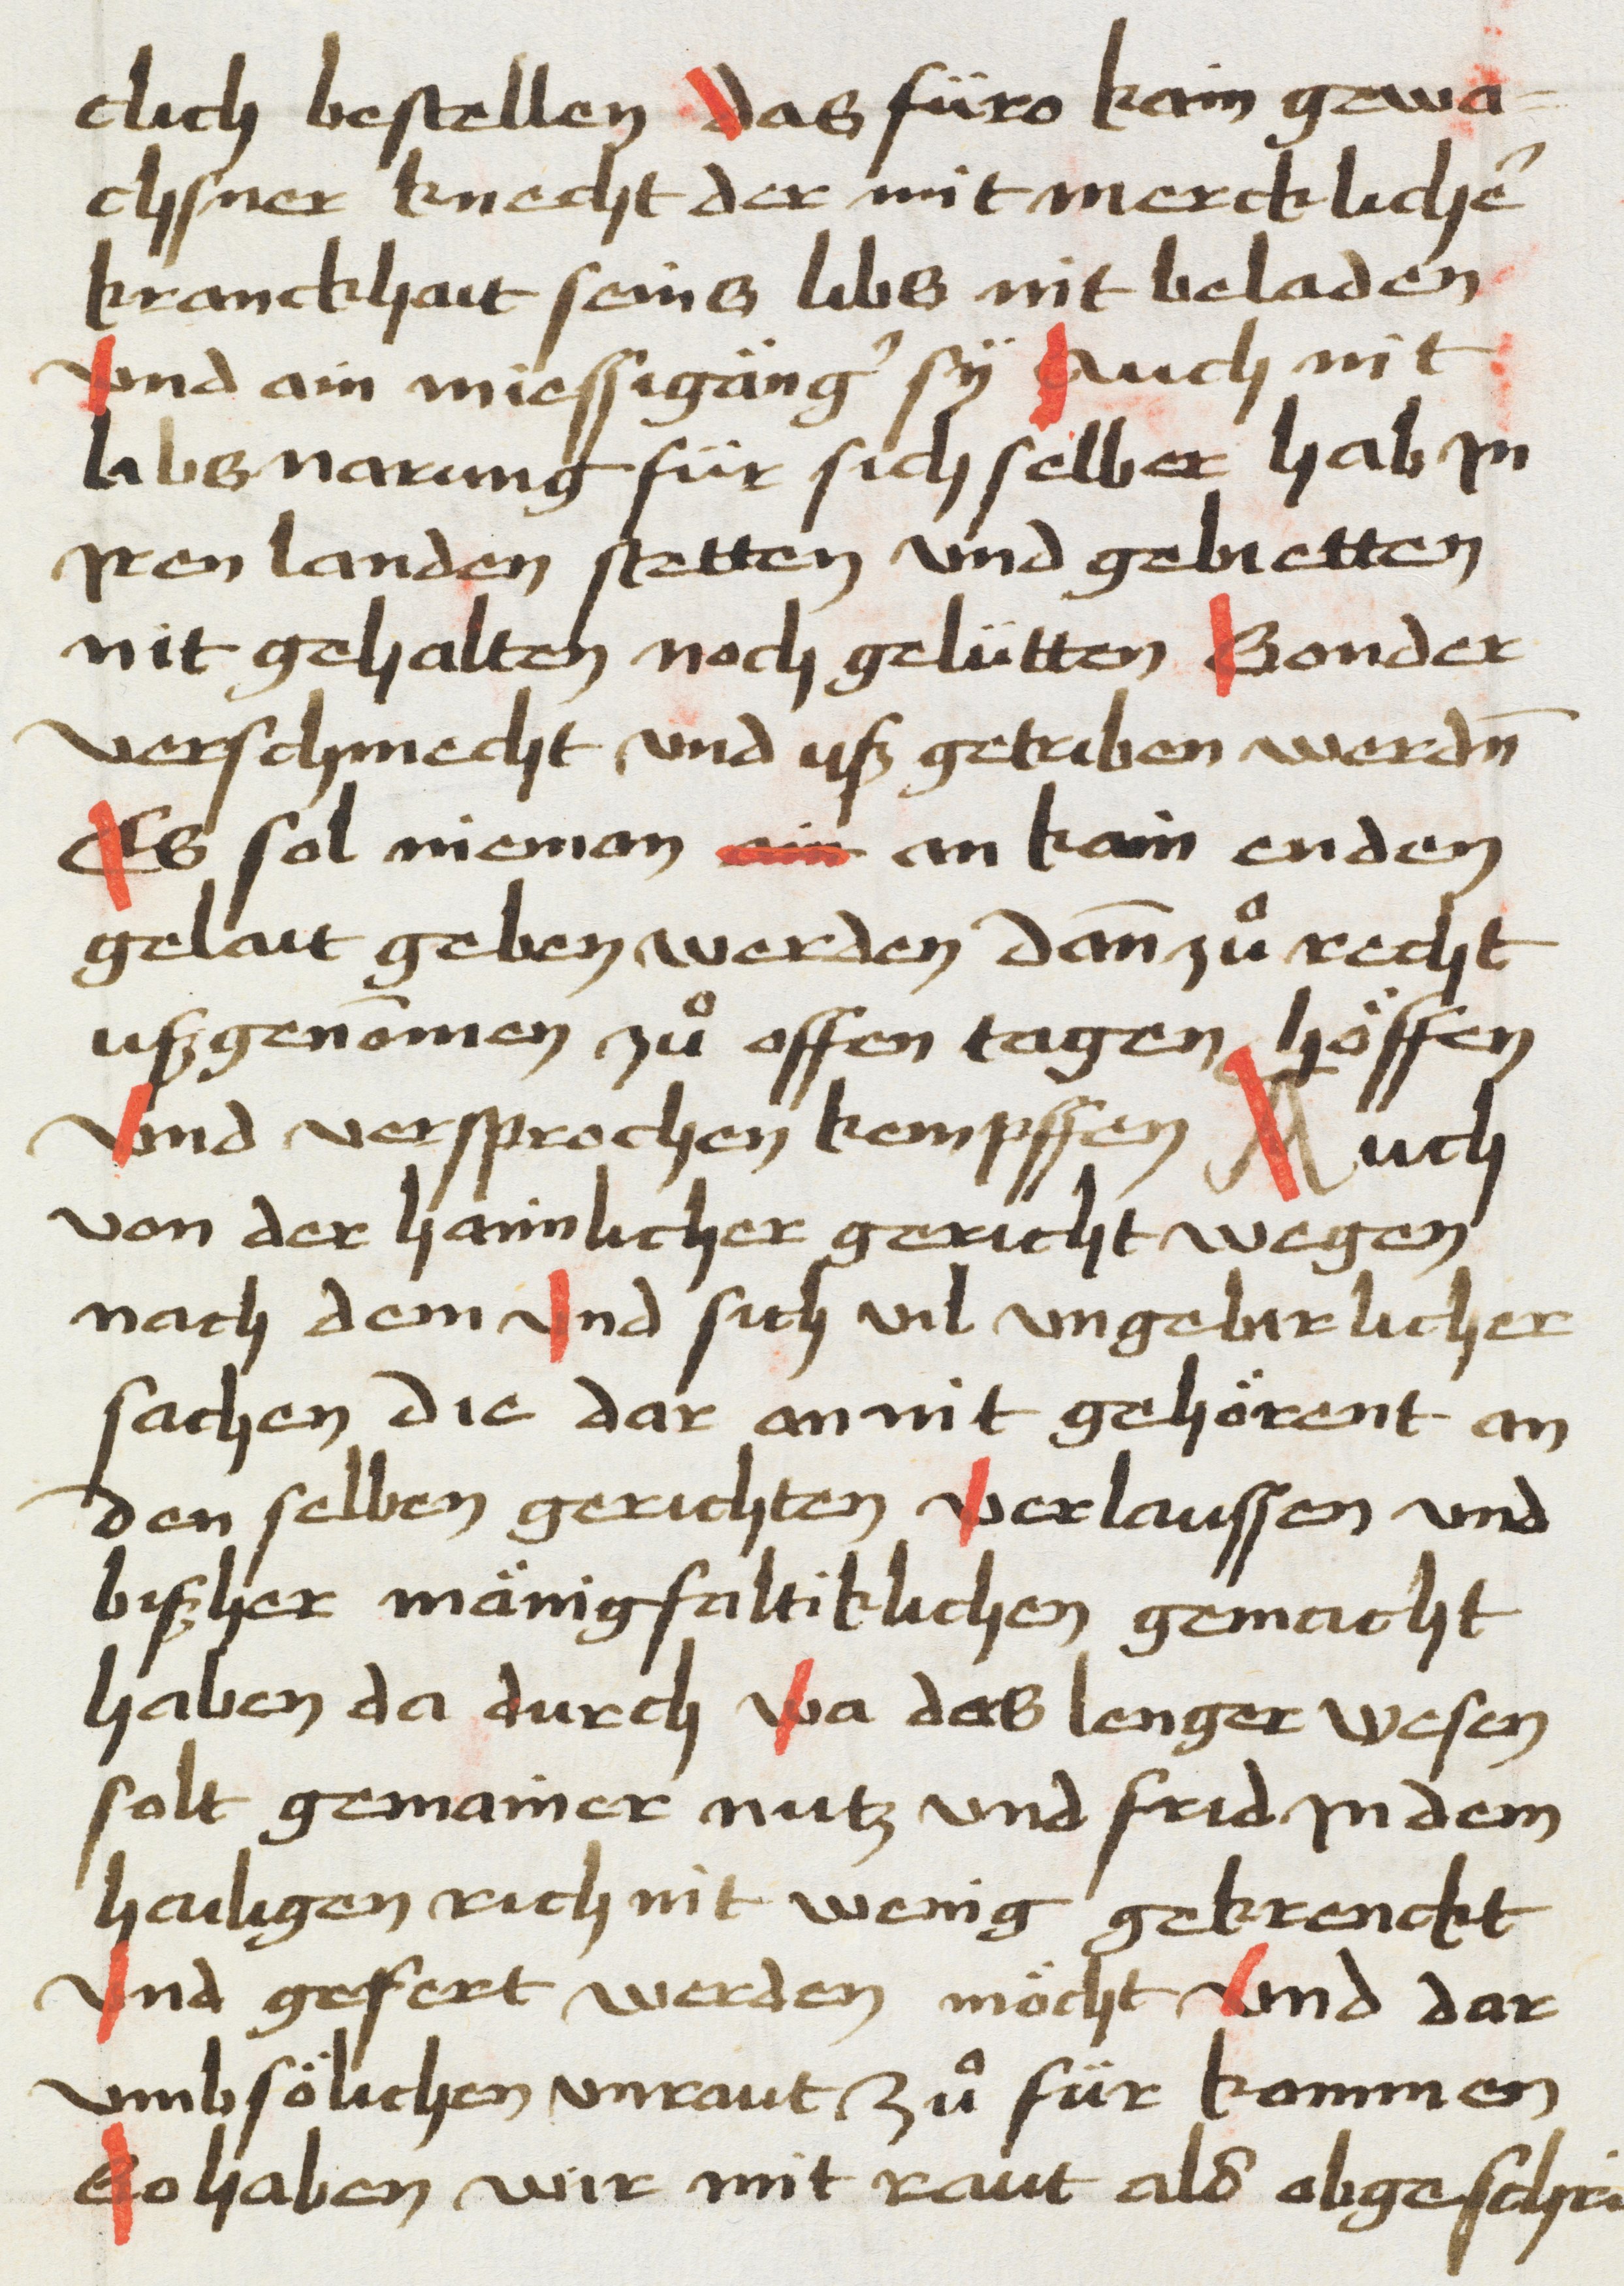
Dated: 1469–1469